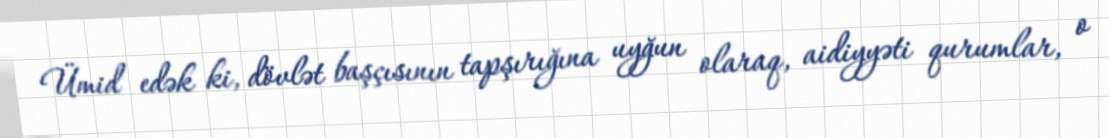
Ümid edək ki, dövlət başçısının tapşırığına uyğun olaraq, aidiyyəti qurumlar, o